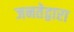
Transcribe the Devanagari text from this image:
जनतेद्वारा